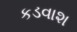
કડવાશ